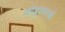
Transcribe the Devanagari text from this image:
कोट्टायमची